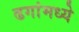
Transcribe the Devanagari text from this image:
ढगांमध्ये